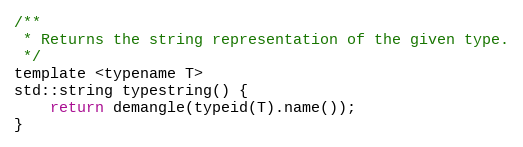
Language: C
/**
 * Returns the string representation of the given type.
 */
template <typename T>
std::string typestring() {
	return demangle(typeid(T).name());
}